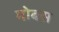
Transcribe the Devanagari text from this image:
गोबस